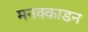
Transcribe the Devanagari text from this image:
मनक्काडन